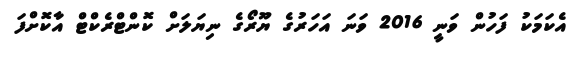
އެކަމަކު ފަހުން ވަނީ 2016 ވަނަ އަހަރުގެ ޔޫރޯގެ ނިޔަލަށް ކޮންޓްރެކްޓް އާކޮށްފަ